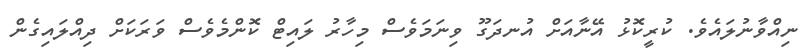
ނިއްވާނުލައެވެ. ކުރީކޮޅު އޭނާއަށް އުނދަގޫ ވިނަމަވެސް މިހާރު ލައިޓް ކޮންމެވެސް ވަރަކަށް ދިއްލައިގެން